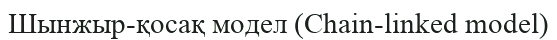
Шынжыр-қосақ модел (Chain-linked model)